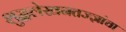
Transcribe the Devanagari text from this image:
शुद्धलेखनतज्‍ज्ञांचा